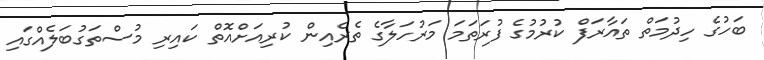
ބަހުގެ ހިދުމަތް ތައާރަފް ކުރުމުގެ ފުރަތަމަ މަރުހަލާގެ ތެރެއިން ކުރިއަށްއޮތް ކައިރި މުސްތަގުބަލެއްގައި